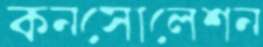
কনসোলেশন